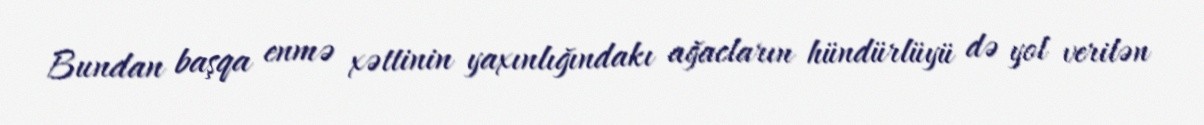
Bundan başqa enmə xəttinin yaxınlığındakı ağacların hündürlüyü də yol verilən